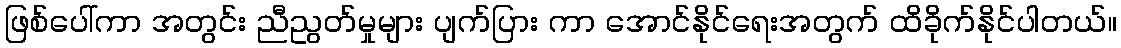
ဖြစ်ပေါ်ကာ အတွင်း ညီညွတ်မှုများ ပျက်ပြား ကာ အောင်နိုင်ရေးအတွက် ထိခိုက်နိုင်ပါတယ်။